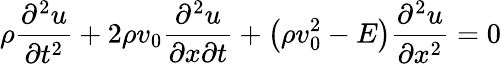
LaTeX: \rho\frac{\partial^{2}u}{\partial t^{2}}+2\rho v_{0}\frac{\partial^{2}u}{\partial x\partial t}+\left(\rho v_{0}^{2}-E\right)\frac{\partial^{2}u}{\partial x^{2}}=0